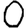
Digit: 0